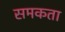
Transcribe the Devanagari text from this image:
समकता